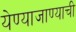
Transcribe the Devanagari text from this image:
येण्याजाण्याची